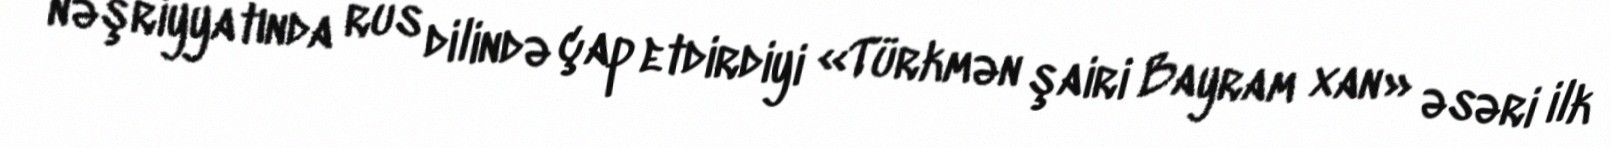
nəşriyyatında rus dilində çap etdirdiyi «Türkmən şairi Bayram xan» əsəri ilk